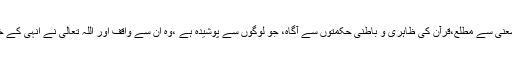
احسان و بخشش کی مشعل ،دانائی و حکمت کے مرکز،اسرارِ قرآن کے عالم،اُن کے معنی سے مطلع،قرآن کی ظاہری و باطنی حکمتوں سے آگاہ، جو لوگوں سے پوشیدہ ہے ،وہ اُن سے واقف اور اللہ تعالیٰ نے انہی کے خاندان پر ولایت کو ختم کیایعنی اُن کے بیٹے حضرتِ حجت ابن الحسن علیہ السلام پر۔